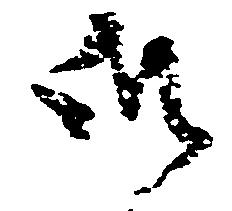
御